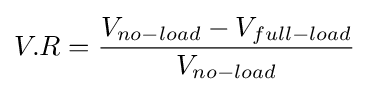
V.R={\frac {V_{no-load}-V_{full-load}}{V_{no-load}}}